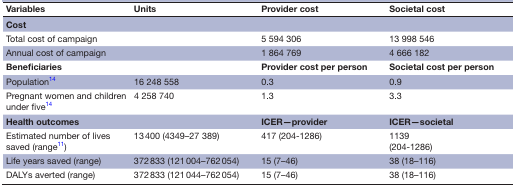
<table><thead><tr><td><b>Variables</b></td><td><b>Units</b></td><td><b>Provider cost</b></td><td><b>Societal cost</b></td></tr></thead><tbody><tr><td><b>Cost</b></td><td></td><td></td><td></td></tr><tr><td>Total cost of campaign</td><td></td><td>5 594 306</td><td>13 998 546</td></tr><tr><td>Annual cost of campaign</td><td></td><td>1 864 769</td><td>4 666 182</td></tr><tr><td><b>Beneficiaries</b></td><td></td><td><b>Provider cost per person</b></td><td><b>Societal cost per person</b></td></tr><tr><td>Population14</td><td>16 248 558</td><td>0.3</td><td>0.9</td></tr><tr><td>Pregnant women and children under five14</td><td>4 258 740</td><td>1.3</td><td>3.3</td></tr><tr><td><b>Health outcomes</b></td><td></td><td><b>ICER—provider</b></td><td><b>ICER—societal</b></td></tr><tr><td>Estimated number of lives saved (range11)</td><td>13 400 (4349–27 389)</td><td>417 (204-1286)</td><td>1139 (204-1286)</td></tr><tr><td>Life years saved (range)</td><td>372 833 (121 004–762 054)</td><td>15 (7–46)</td><td>38 (18–116)</td></tr><tr><td>DALYs averted (range)</td><td>372 833 (121 044–762 054)</td><td>15 (7–46)</td><td>38 (18–116)</td></tr></tbody></table>